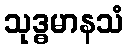
သုဒ္ဓမာနသံ